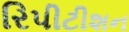
રિપીટીશન